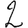
Digit: 2